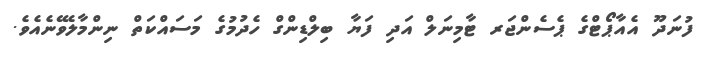
ފުނަދޫ އެއާޕޯޓްގެ ޕެސެންޖަރ ޓާމިނަލް އަދި ފަޔާ ބިލްޑިންގް ހެދުމުގެ މަސައްކަތް ނިންމާލެވޭނެއެވެ.